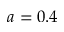
a = 0 . 4